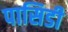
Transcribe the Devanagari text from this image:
पासिडी